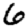
Digit: 6